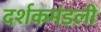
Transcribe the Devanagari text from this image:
दर्शकमंडली